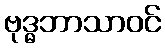
ဗုဒ္ဓဘာသာဝင်